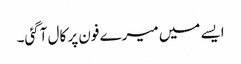
ایسے میں میرے فون پر کال آگئی۔